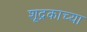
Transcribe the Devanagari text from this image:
शूद्रकाच्या